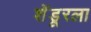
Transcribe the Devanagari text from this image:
शेंडूरला